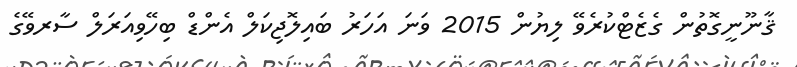
ޤާނޫނީގޮތުން ގެޒެޓްކުރެވޭ ލިޔުން 2015 ވަނަ އަހަރު ބައިލޮޖިކަލް އެންޑް ބިހޭވިއަރަލް ސާރވޭގެ